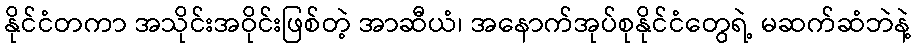
နိုင်ငံတကာ အသိုင်းအဝိုင်းဖြစ်တဲ့ အာဆီယံ၊ အနောက်အုပ်စုနိုင်ငံတွေရဲ့ မဆက်ဆံဘဲနဲ့